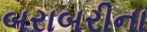
બરાબરીના